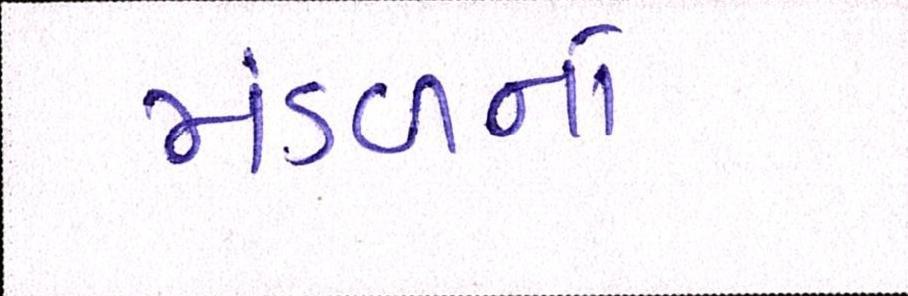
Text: મંડળનો